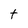
Character: t